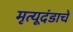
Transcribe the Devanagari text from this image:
मृत्यूदंडाचे